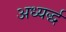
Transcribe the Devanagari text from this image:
अध्यर्द्ध